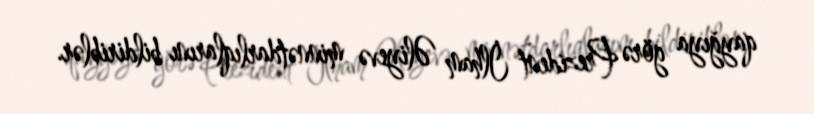
qayğıya görə Prezident İlham Əliyevə minnətdarlıqlarını bildiriblər.